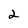
Character: 2